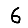
Digit: 6